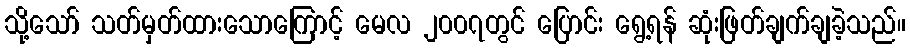
သို့သော် သတ်မှတ်ထားသောကြောင့် မေလ ၂၀၀၇တွင် ပြောင်း ရွေ့ရန် ဆုံးဖြတ်ချက်ချခဲ့သည်။